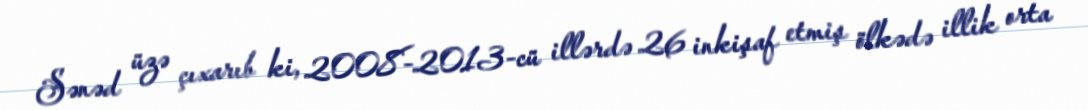
Sənəd üzə çıxarıb ki, 2008-2013-cü illərdə 26 inkişaf etmiş ölkədə illik orta